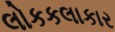
લોકકલાકાર